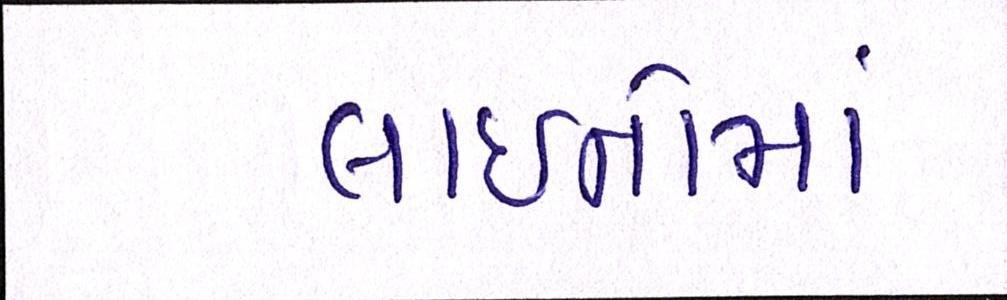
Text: લાઈનોમાં